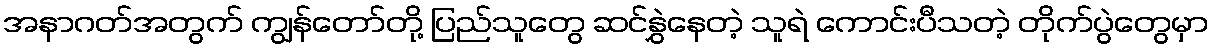
အနာဂတ်အတွက် ကျွန်တော်တို့ ပြည်သူတွေ ဆင်နွှဲနေတဲ့ သူရဲ ကောင်းပီသတဲ့ တိုက်ပွဲတွေမှာ